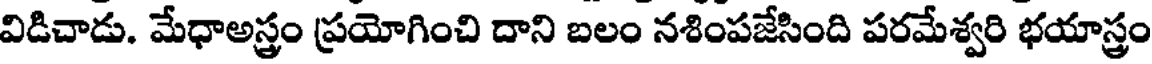
విడిచాడు. మేధాఅస్త్రం ప్రయోగించి దాని బలం నశింపజేసింది పరమేశ్వరి భయాస్త్రం